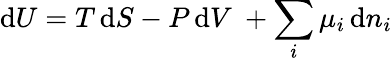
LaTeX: \mathrm{d}U=T\, \mathrm{d}S-P\, \mathrm{d}V\ +\sum_{i}\mu_{i}\, \mathrm{d}n_{i}